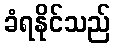
ခံရနိုင်သည်